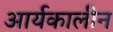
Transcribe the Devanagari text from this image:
आर्यकालीन